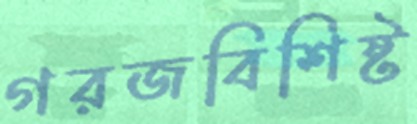
গরজবিশিষ্ট